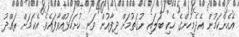
އެހެންކަމުން އެދެމީހުންގެ ހެކި ބަލައި ނުގަތުމަށް ދިފާއުން ވަނީ ހުށަހަޅުއްވާފައެވެ. އެކަމަށް ރައްދު